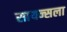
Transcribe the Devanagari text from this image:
सायन्सला